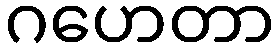
ဂဟေတာ